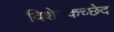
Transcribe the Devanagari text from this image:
विशेषकच्छेद